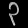
Digit: ၃